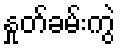
နှုတ်ခမ်းကွဲ